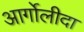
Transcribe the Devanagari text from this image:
आर्गोलीदा